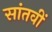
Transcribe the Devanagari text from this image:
सांतवीं